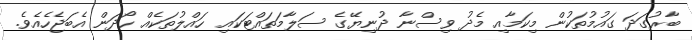
ބާރުގަދަ ގައުމުތަކުން މިކަމާއި މެދު ވިސްނާ ދުނިޔޭގެ ސަލާމަތައްޓަކައި ހައްލުތަކެއް ހޯދަން އެބަޖެހެއެވެ.